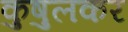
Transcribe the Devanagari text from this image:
कुषुलकर